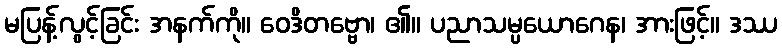
မပြန့်လွင့်ခြင်း အနက်ကို။ ဝေဒိတဗ္ဗော၊ ၏။ ပညာသမ္ပယောဂေန၊ အားဖြင့်။ ဒဿ